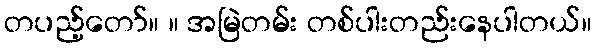
တပည့်တော်။ ။ အမြဲတမ်း တစ်ပါးတည်းနေပါတယ်။